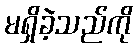
မရှိခဲ့သည်ကို